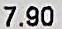
7.90